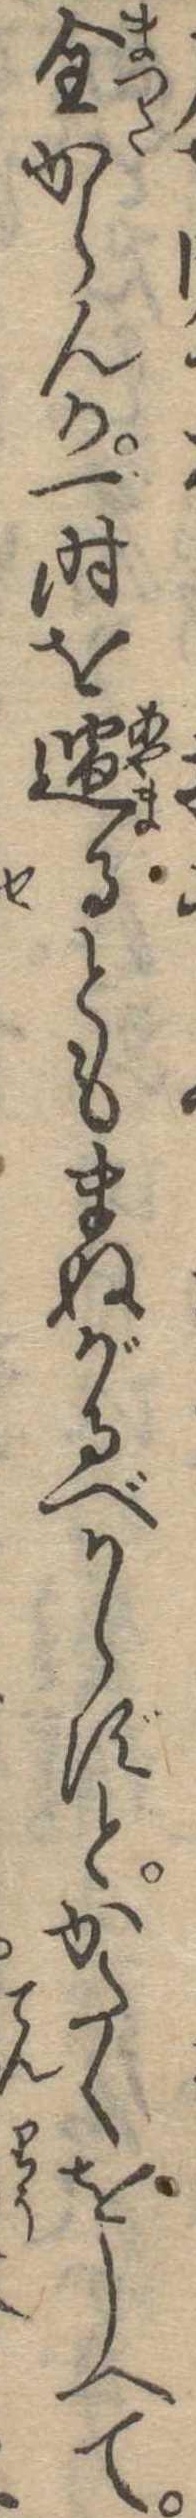
全からんか一時を過るともまぬがるべからずとかたくをしへて